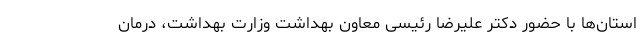
استان‌ها با حضور دکتر علیرضا رئیسی معاون بهداشت وزارت بهداشت، درمان